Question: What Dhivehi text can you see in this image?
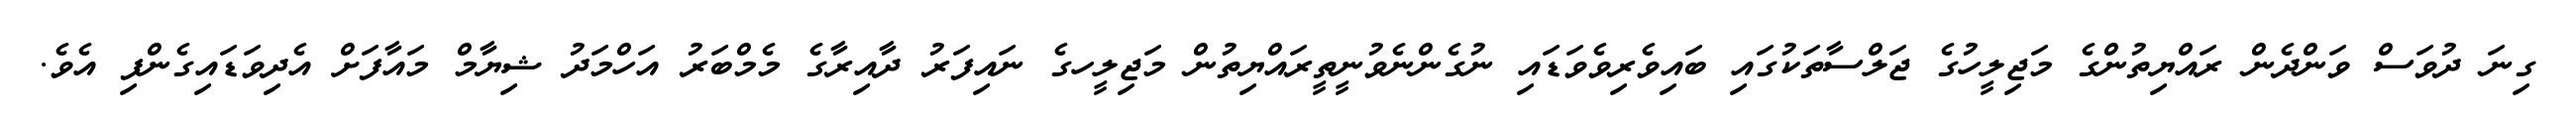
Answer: ގިނަ ދުވަސް ވަންދެން ރައްޔިތުންގެ މަޖިލީހުގެ ޖަލްސާތަކުގައި ބައިވެރިވެވަޑައި ނުގެންނެވުނީތީރައްޔިތުން މަޖިލީހގެ ނައިފަރު ދާއިރާގެ މެމްބަރު އަހްމަދު ޝިޔާމް މައާފަށް އެދިވަޑައިގެންފި އެވެ.